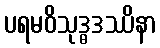
ပရမဝိသုဒ္ဓဒဿိနာ